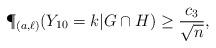
LaTeX: \begin{align*} \P_{(a,\ell)}(Y_{10}=k|G\cap H)\ge\frac{c_3}{\sqrt{n}},\end{align*}